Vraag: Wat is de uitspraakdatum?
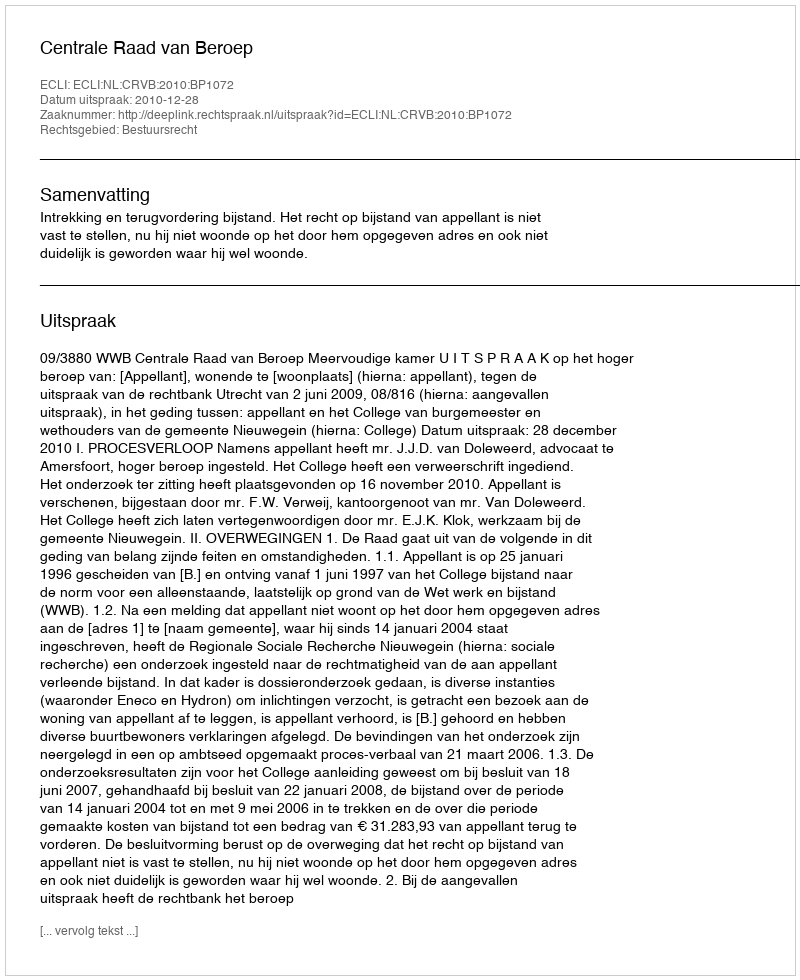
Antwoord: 2010-12-28